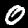
Label: 0